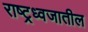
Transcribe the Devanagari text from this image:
राष्ट्रध्वजातील